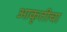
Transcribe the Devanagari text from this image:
आकृतीचा